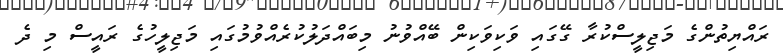
ރައްޔިތުންގެ މަޖިލީސްކުރާ ގޭގައި ވަކިވަކިން ބޭއްވުނު މިބައްދަލުކުރެއްވުމުގައި މަޖިލީހުގެ ރައީސް މި ދެ